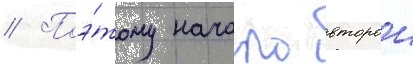
// Поэ́тому начало второи